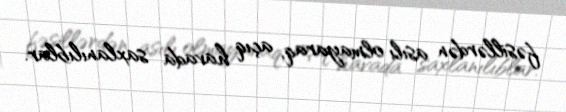
fəsillərdən asılı olmayaraq, açıq havada saxlanılıblar.